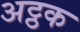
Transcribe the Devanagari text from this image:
अट्ठक